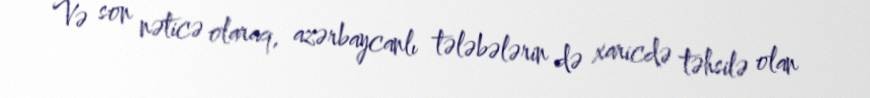
Və son nəticə olaraq, azərbaycanlı tələbələrin də xaricdə təhsilə olan